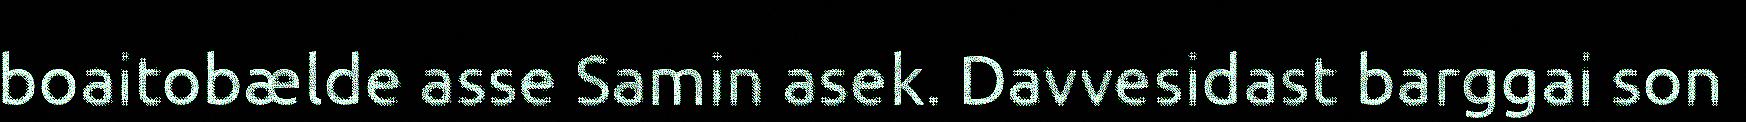
boaitobælde asse Samin asek. Davvesidast barggai son